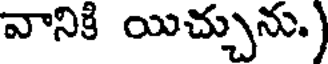
వానికి యిచ్చును.)